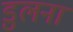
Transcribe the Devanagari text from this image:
डुलना